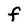
Character: f